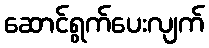
ဆောင်ရွက်ပေးလျက်